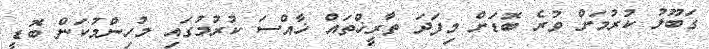
ގަބޫލު ކުރުމަށް ވުރެ ބޮޑަށް މިފަދަ ތާރީޚްތައް ޚާއްސަ ކުރުމުގައި މުހިންމުކަން ބޮޑީ